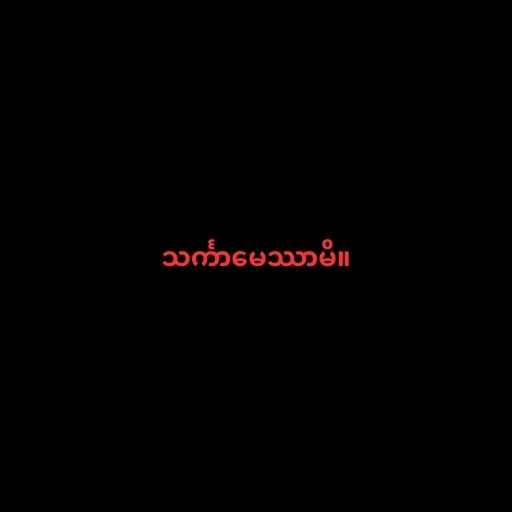
သင်္ကာမေဿာမိ။